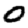
Digit: 0